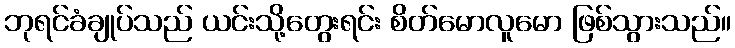
ဘုရင်ခံချုပ်သည် ယင်းသို့တွေးရင်း စိတ်မောလူမော ဖြစ်သွားသည်။